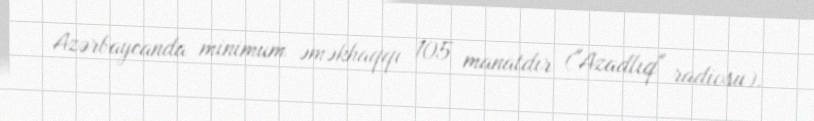
Azərbaycanda minimum əməkhaqqı 105 manatdır ("Azadlıq" radiosu).